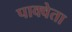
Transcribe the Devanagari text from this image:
पाक्वेता